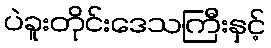
ပဲခူးတိုင်းဒေသကြီးနှင့်